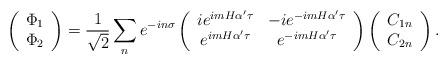
LaTeX: \begin{align*}\left( \begin{array}{c} \Phi_1\\ \Phi_2 \end{array}\right)=\frac{1}{\sqrt{2}}\sum_n e^{-in\sigma}\left( \begin{array}{cc} ie^{imH\alpha'\tau} & -ie^{-imH\alpha'\tau} \\e^{imH\alpha'\tau} & e^{-imH\alpha'\tau} \end{array}\right)\left( \begin{array}{c} C_{1n}\\ C_{2n} \end{array}\right) .\end{align*}